Annual report of lunatic asylums [Bombay] - 1912-1922
Year: 1912
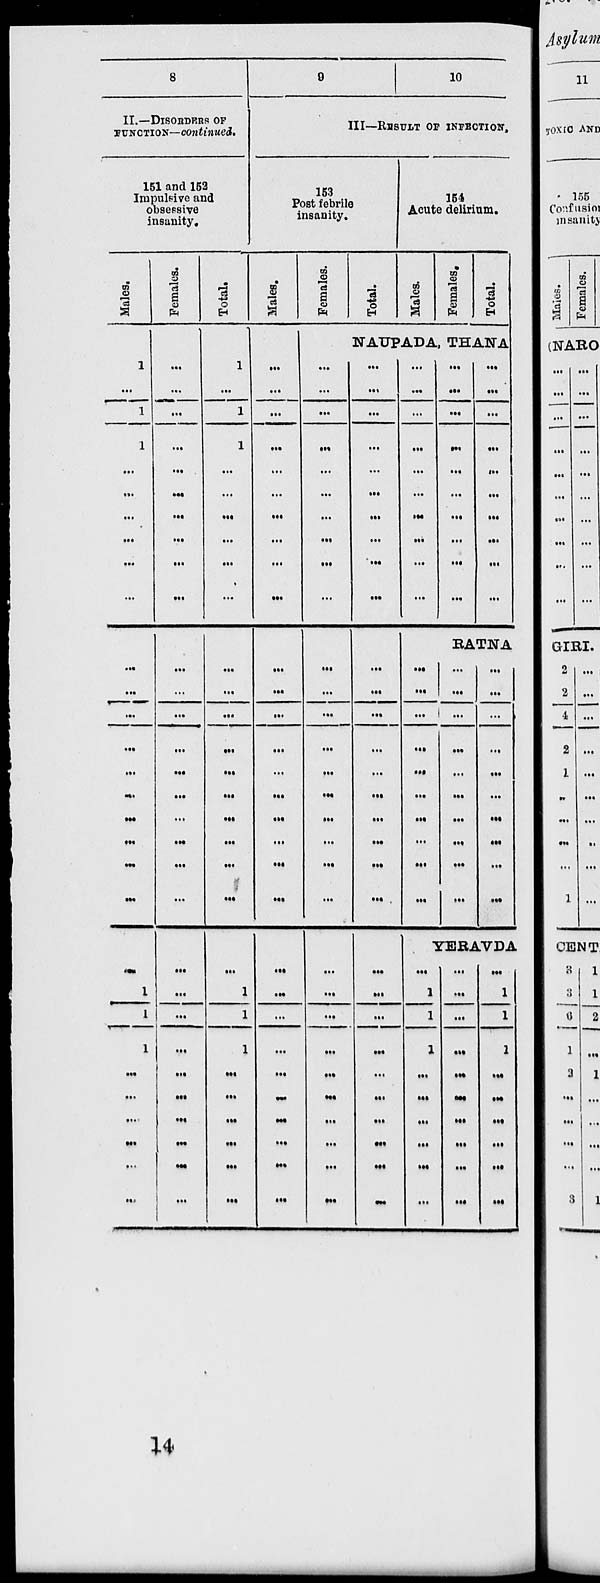
8
II.—DlSORDERS OF
FUNCTION—continued.
151 and 152
Impulsive and
obsessive
insanity.
Males.
1
...
1
1
...
...
...
...
...
...
...
...
...
...
...
...
...
...
...
...
...
1
1
1
...
...
...
...
...
...
Females.
...
...
...
...
...
...
...
...
...
...
...
...
...
...
...
...
...
...
...
...
...
...
...
...
...
...
...
...
...
Total.
1
...
1
1
...
...
...
...
...
...
...
...
...
...
...
...
...
...
...
...
...
1
1
1
...
...
...
...
...
...
0
10
III—RESULT OF INFECTION.
153
Post febrile
insanity.
Males.
...
...
...
...
...
...
...
...
...
...
...
...
...
...
...
...
...
...
...
...
...
...
...
...
...
...
...
...
...
...
Females.
Total.
154
Acute delirium.
Males.
Females.
Total.
NAUPADA,THANA
...
...
...
...
...
...
...
...
...
...
...
...
...
...
...
...
...
...
...
...
...
...
...
...
...
...
...
...
...
...
...
...
...
...
...
...
...
...
...
...
...
...
...
...
...
...
...
...
...
...
...
...
...
...
...
...
...
...
...
...
...
...
...
...
...
...
...
...
...
...
...
...
...
...
...
...
...
...
...
...
...
...
...
...
...
...
...
...
...
...
BATISTA
...
...
...
...
...
...
...
...
...
...
...
...
...
...
...
...
...
...
...
...
...
...
...
...
...
...
...
...
...
...
YERAVDA
...
1
1
1
...
...
...
...
...
...
...
...
...
...
...
...
...
...
...
...
...
1
1
1
...
...
...
...
...
...
14